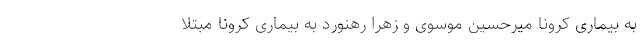
به بیماری کرونا میرحسین موسوی و زهرا رهنورد به بیماری کرونا مبتلا